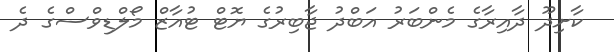
ކާށިދޫ ދާއިރާގެ މެންބަރު އަބްދު ޖާބިރުގެ ޔޮޓް ޓުއާޒް މޯލްޑިވްސްގެ ދެ